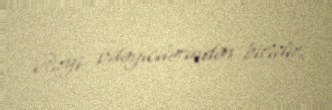
vеrgi ödəyicilərindən biridir.